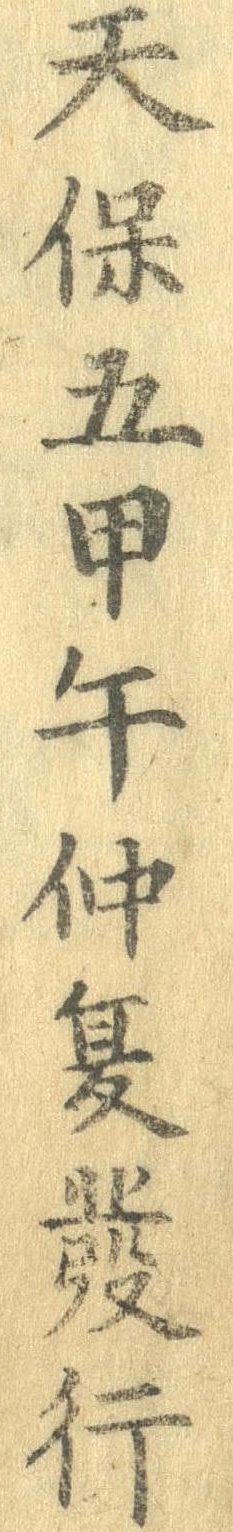
天保五甲午仲夏発行